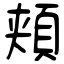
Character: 頬